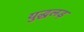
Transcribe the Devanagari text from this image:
युद्धलड़